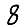
Digit: 8